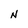
Character: N